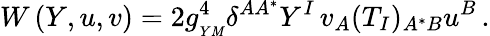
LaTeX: W\left(Y,u,v\right)=2g_{_{Y\mathit{M}}}^{4}\delta^{AA^{*}}Y^{I}\, v_{A}(T_{I})_{A^{*}B}u^{B}\, .